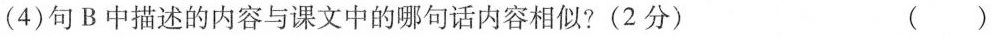
(4)句B中描述的内容与课文中的哪句话内容相似?(2分) ( )